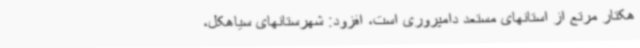
هکتار مرتع از استانهای مستعد دامپروری است، افزود: شهرستانهای سیاهکل،